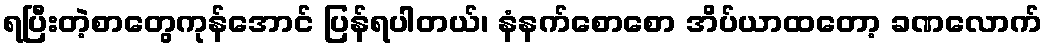
ရပြီးတဲ့စာတွေကုန်အောင် ပြန်ရပါတယ်၊ နံနက်စောစော အိပ်ယာထတော့ ခဏလောက်